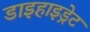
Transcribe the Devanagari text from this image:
डाइहाइड्रेट